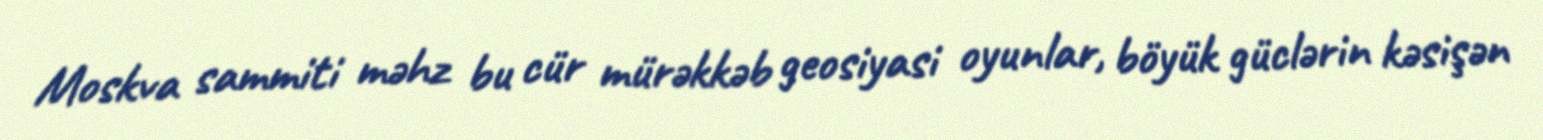
Moskva sammiti məhz bu cür mürəkkəb geosiyasi oyunlar, böyük güclərin kəsişən